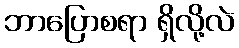
ဘာပြောစရာ ရှိလို့လဲ